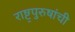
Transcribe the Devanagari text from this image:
राष्ट्रपुरुषांची